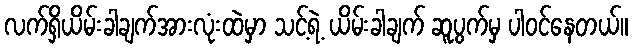
လက်ရှိယိမ်းခါချက်အားလုံးထဲမှာ သင့်ရဲ့ ယိမ်းခါချက် ဆူပွက်မှ ပါဝင်နေတယ်။